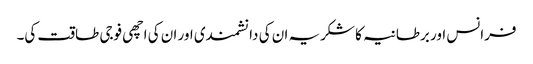
فرانس اور برطانیہ کا شکریہ ان کی دانشمندی اور ان کی اچھی فوجی طاقت کی۔